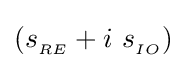
(s_{_{RE}}+i\ s_{_{IO}})